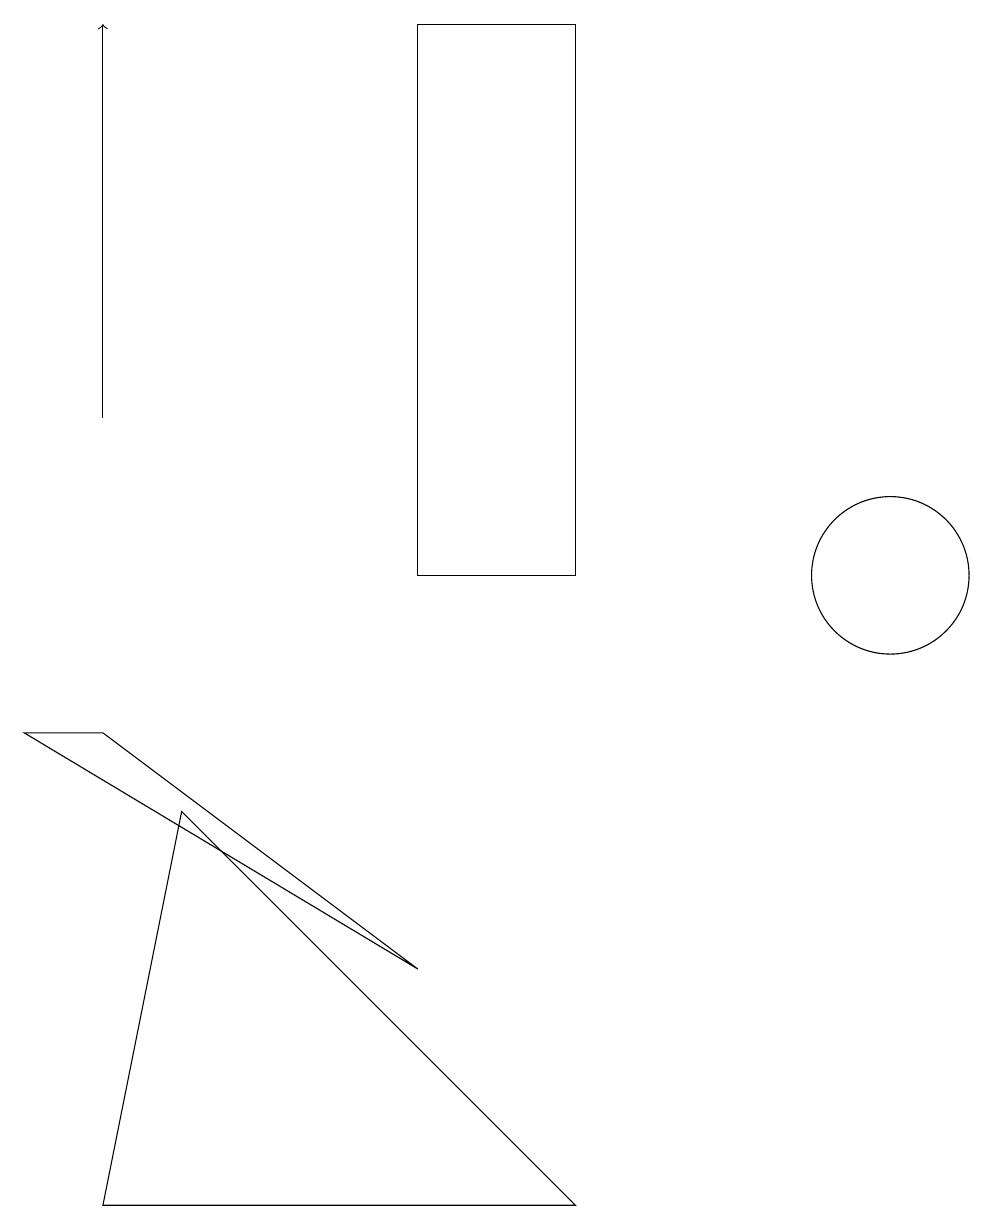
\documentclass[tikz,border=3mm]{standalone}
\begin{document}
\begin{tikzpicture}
\draw (5,6) -- (1,9) -- (0,9) -- cycle;
\draw[->] (1,13) -- (1,18);
\draw (5,18) rectangle (7,11);
\draw (2,8) -- (7,3) -- (1,3) -- cycle;
\draw (11,11) circle (1);
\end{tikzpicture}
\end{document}